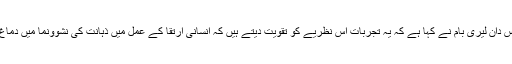
ہانگ کانگ یونیورسٹی سے تعلق رکھنے والے ایک سائنس دان لیری بام نے کہا ہے کہ یہ تجربات اس نظریے کو تقویت دیتے ہیں کہ انسانی ارتقا کے عمل میں ذہانت کی نشوونما میں دماغ کے خلیوں کی سست رفتار پختگی کا کردار ہو سکتا ہے۔